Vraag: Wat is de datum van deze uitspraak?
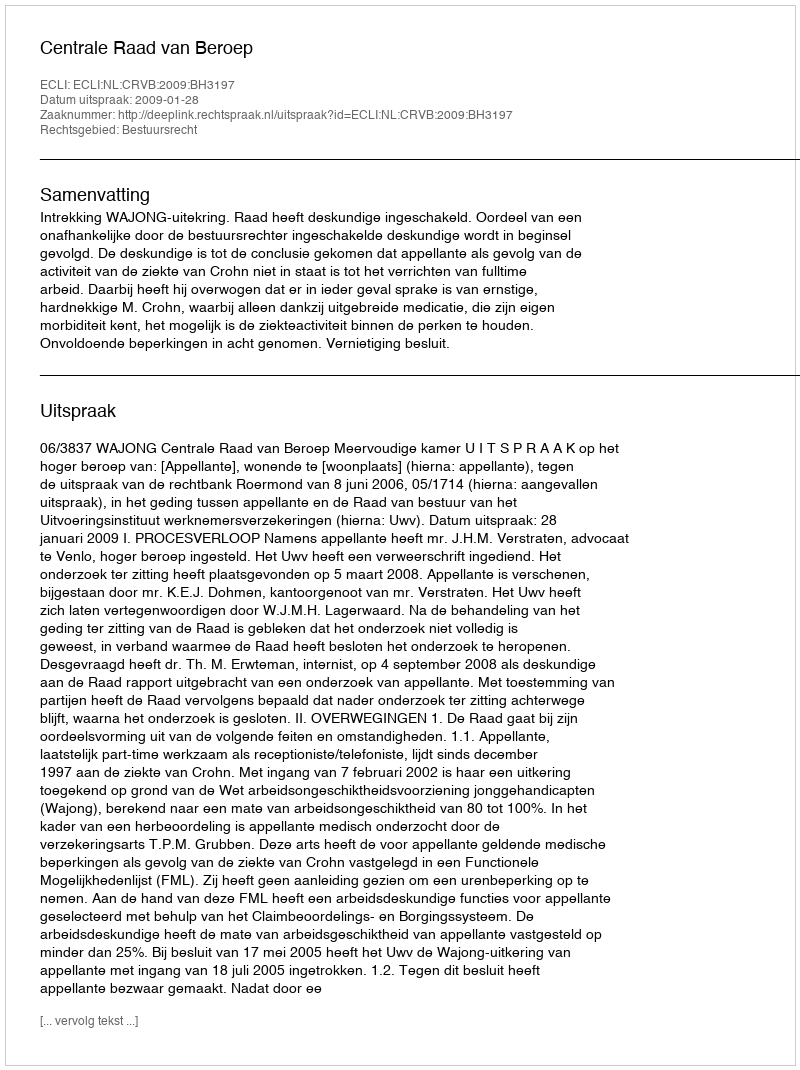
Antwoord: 2009-01-28